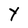
Character: Y